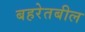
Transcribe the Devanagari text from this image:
बहरेतबील